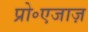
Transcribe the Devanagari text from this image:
प्रो॰एजाज़